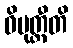
ဝိမုတ္တီတိ